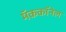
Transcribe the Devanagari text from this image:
मॅककॉनेल